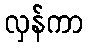
လှန်ကာ